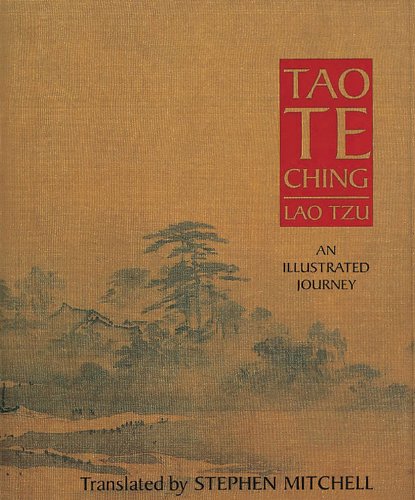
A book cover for Tao Te Ching; Lao Tzu; Religion & Spirituality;